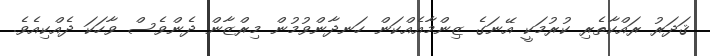
ޤަދަރު ރައްކާތެރި ކުރުމަކީ އޭނަގެ ޒިންމާއެއްކަން ހަނދާންވުމުން މިރްޒާން ދެންވެސް ވާހަކަ ދެއްކިއެވެ.